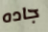
جاده